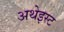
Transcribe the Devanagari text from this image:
अथेइस्ट